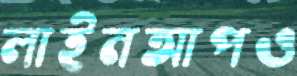
লাইনআপও